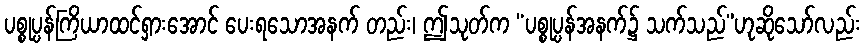
ပစ္စုပ္ပန်ကြိယာထင်ရှားအောင် ပေးရသောအနက် တည်း၊ ဤသုတ်က “ပစ္စုပ္ပန်အနက်၌ သက်သည်”ဟုဆိုသော်လည်း